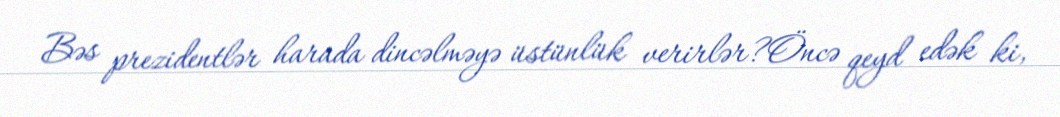
Bəs prezidentlər harada dincəlməyə üstünlük verirlər?Öncə qeyd edək ki,